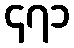
၄၇၁